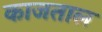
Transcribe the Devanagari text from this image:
काजताल